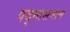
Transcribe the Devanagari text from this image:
पद्मासमान